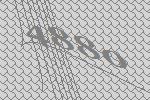
4880